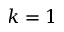
k = 1